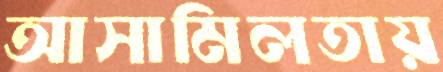
আসামিলতায়